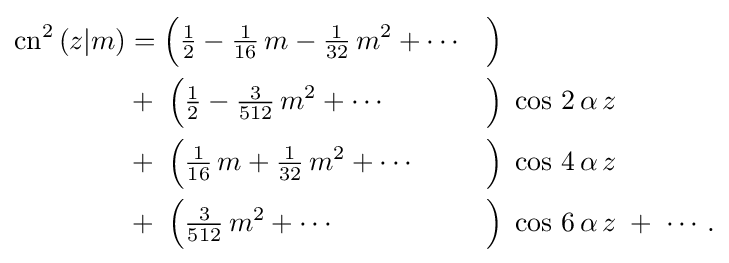
{\begin{aligned}\operatorname {cn} ^{2}\,(z|m)&={\Bigl (}{\tfrac {1}{2}}-{\tfrac {1}{16}}\,m-{\tfrac {1}{32}}\,m^{2}+\cdots &&{\Bigr )}\\&+\;{\Bigl (}{\tfrac {1}{2}}-{\tfrac {3}{512}}\,m^{2}+\cdots &&{\Bigr )}\;\cos \,2\,\alpha \,z\;\\&+\;{\Bigl (}{\tfrac {1}{16}}\,m+{\tfrac {1}{32}}\,m^{2}+\cdots &&{\Bigr )}\;\cos \,4\,\alpha \,z\;\\&+\;{\Bigl (}{\tfrac {3}{512}}\,m^{2}+\cdots &&{\Bigr )}\;\cos \,6\,\alpha \,z\;+\;\cdots .\end{aligned}}